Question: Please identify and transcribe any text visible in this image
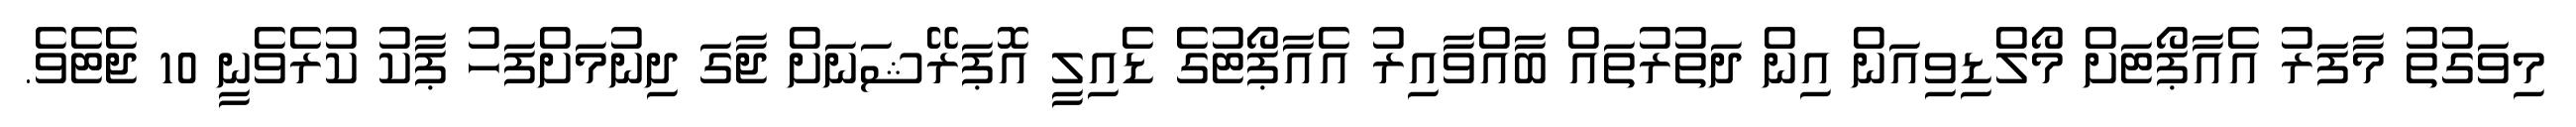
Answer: މިވަގުތު މާފަރު އެއާޕޯޓަށް މޯލްޑިވިއަން އިން ދަތުރުތައް ބާއްވާއިރު އެއާޕޯޓުގެ ޑެއިލީ އޮޕަރޭޝަނަށް ޖާގަ ދިނުމަށްފަހު ޕާކު ކުރެވެނީ 10 ޖެޓެވެ.